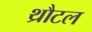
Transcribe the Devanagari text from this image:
थ्रौटल